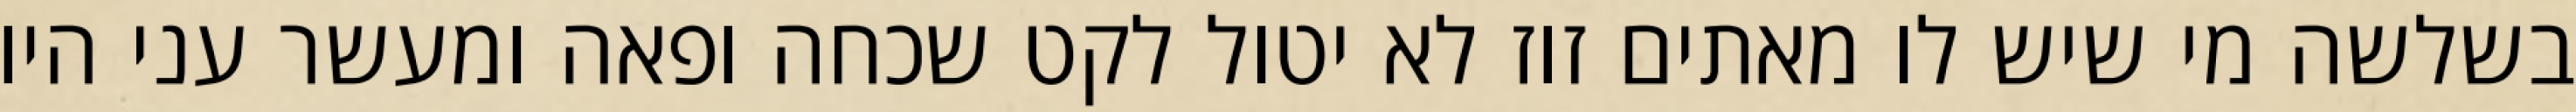
בשלשה מי שיש לו מאתים זוז לא יטול לקט שכחה ופאה ומעשר עני היו